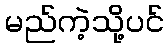
မည်ကဲ့သို့ပင်